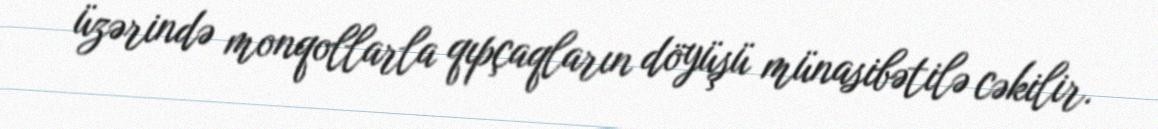
üzərində monqollarla qıpçaqların döyüşü münasibətilə cəkilir.